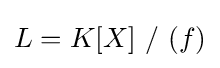
L=K[X]\ /\ (f)